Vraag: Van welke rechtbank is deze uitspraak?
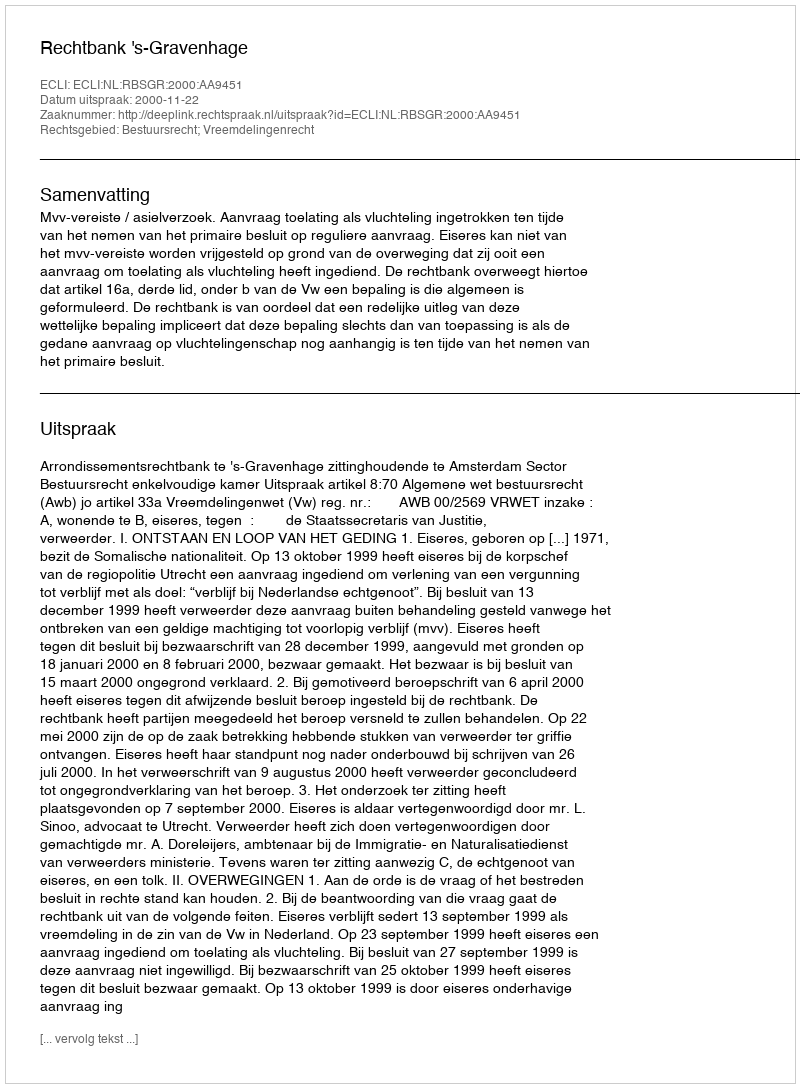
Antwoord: Rechtbank 's-Gravenhage